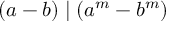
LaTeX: ( a - b ) \mid ( a ^ { m } - b ^ { m } )